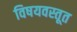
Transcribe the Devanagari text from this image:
विषयवस्तूत